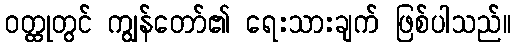
ဝတ္ထုတွင် ကျွန်တော်၏ ရေးသားချက် ဖြစ်ပါသည်။